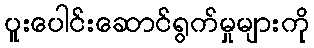
ပူးပေါင်းဆောင်ရွက်မှုများကို